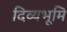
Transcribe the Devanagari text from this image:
दिव्यभूमि